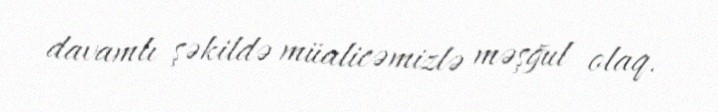
davamlı şəkildə müalicəmizlə məşğul olaq.